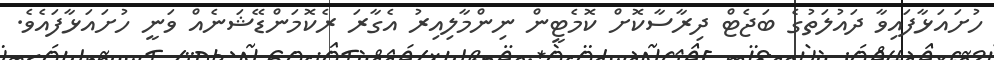
ހުށައަޅާފައިވާ ދައުލަތުގެ ބަޖެޓް ދިރާސާކޮށް ކޮމެޓީން ނިންމާލިއިރު އެގާރަ ރެކޮމަންޑޭޝަނެއް ވަނީ ހުށައަޅާފައެވެ.